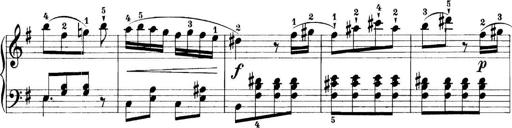
Title: 11 Sonatinas
Composer: Anton Diabelli